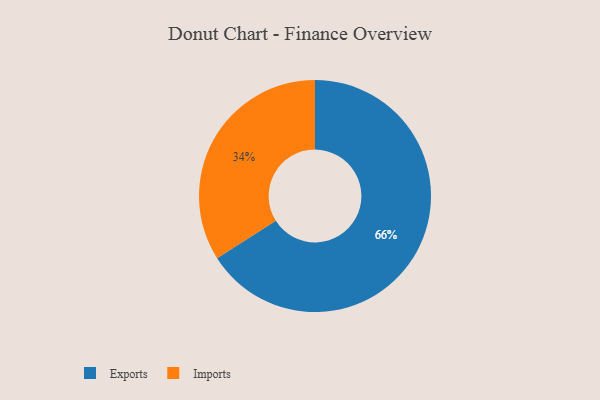
{"axis": {"x": "Category", "y": "Percentage"}, "legend": ["Exports", "Imports"], "data": [{"x": "Imports", "y": 34, "type": "Imports"}, {"x": "Exports", "y": 66, "type": "Exports"}]}